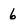
Character: 6